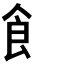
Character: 飠